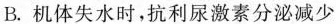
B.机体失水时，抗利尿激素分泌减少